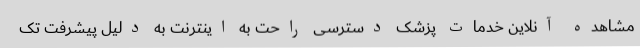
مشاهده آنلاین خدمات پزشک دسترسی راحت به اینترنت به دلیل پیشرفت تک